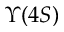
\Upsilon ( 4 S )